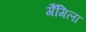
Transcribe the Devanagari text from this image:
गैंगिला